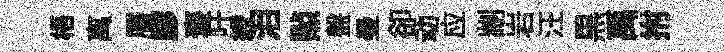
梧离層膠褒吁綬泪㸃盤曼卻动应剬岩汪黒禹拊